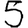
Digit: 5